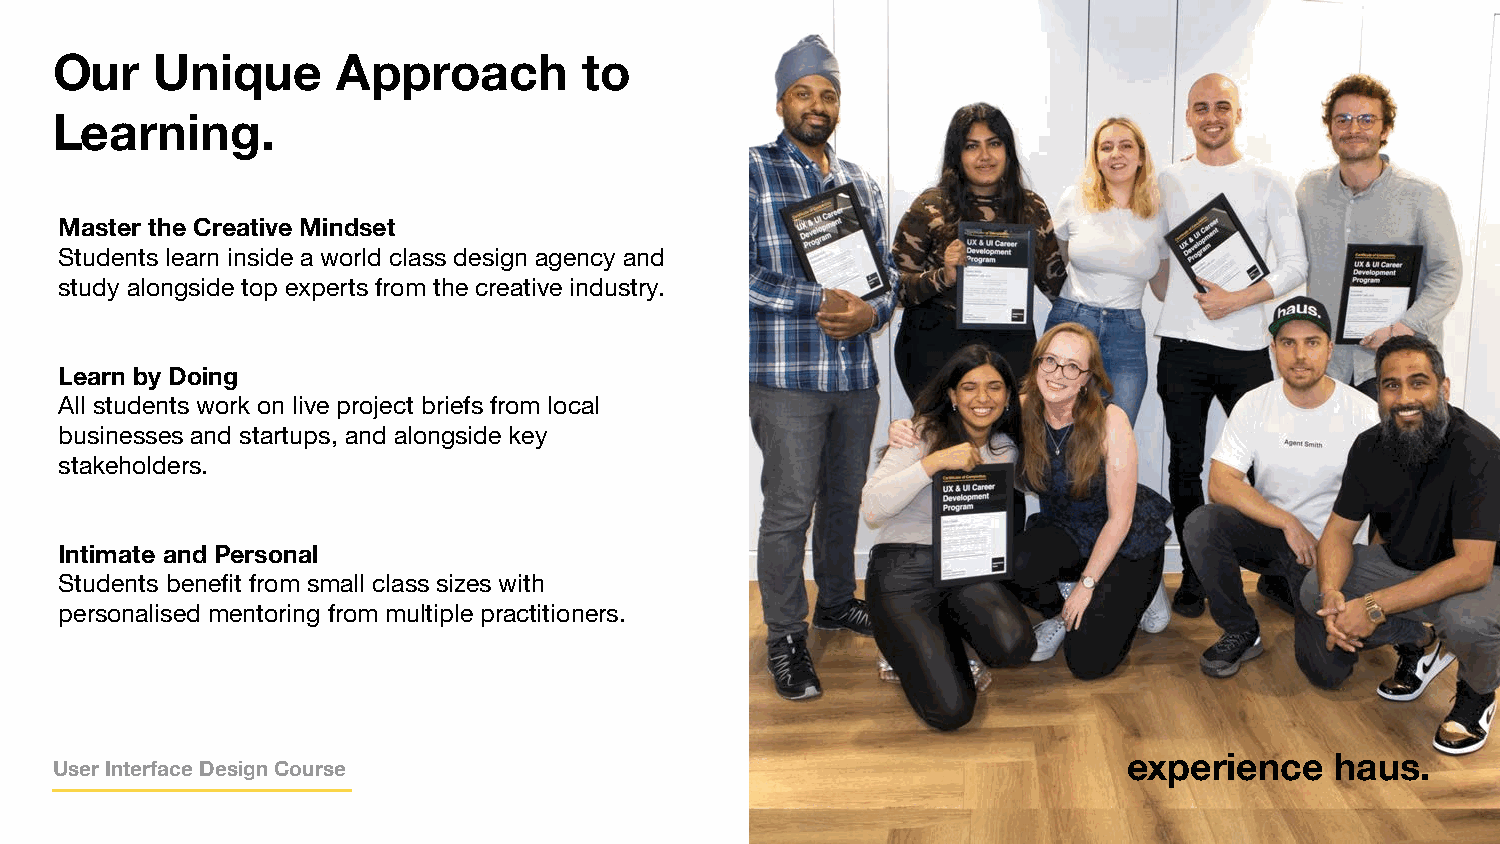
Our    Unique      Approach         to
 Learning.
 Master the Creative Mindset
 Students learn inside a world class design agency and
 study alongside top experts from the creative industry.
 Learn by Doing
 All students work on live project briefs from local
 businesses and startups, and alongside key
 stakeholders.
 Intimate and Personal
 Students benefit from small class sizes with
 personalised mentoring from multiple practitioners.
 eeexxxpppeeerrriiieeennnccceee hhhaaauuusss...
 User Interface Design Course